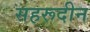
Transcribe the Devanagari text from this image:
सहरूदीन